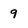
Character: 9